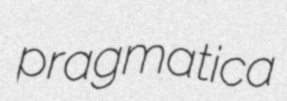
pragmatica